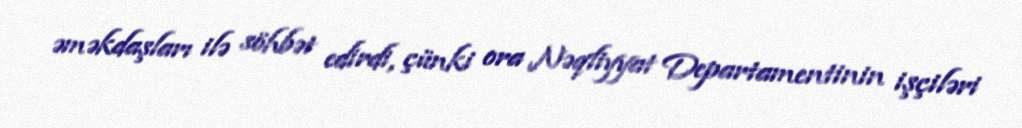
əməkdaşları ilə söhbət edirdi, çünki ora Nəqliyyat Departamentinin işçiləri